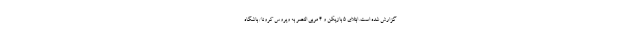
گزارش شده است. ابتلای 5 بازیکن و 4 مربی النصر به ویروس کرونا/ باشگاه